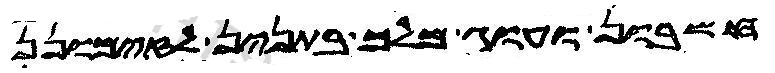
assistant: חשבון ועוג מלך בתנין לזימונן